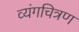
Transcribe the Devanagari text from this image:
व्यंगचित्रण